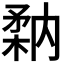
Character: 𥍲